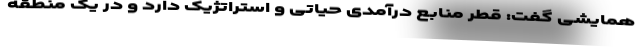
همایشی گفت: قطر منابع درآمدی حیاتی و استراتژیک دارد و در یک منطقه